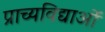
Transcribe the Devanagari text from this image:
प्राच्यविद्याओं